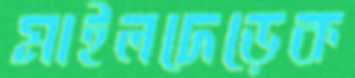
মাইলদেড়েক